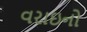
વરાઇનો